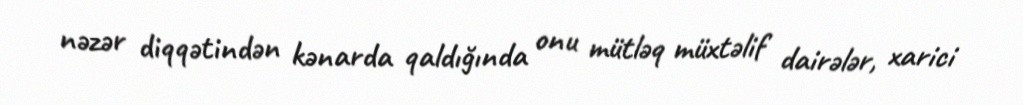
nəzər diqqətindən kənarda qaldığında onu mütləq müxtəlif dairələr, xarici